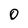
Character: 0